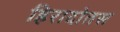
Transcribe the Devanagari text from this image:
हिरादोतस